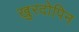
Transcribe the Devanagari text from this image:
ख़ुरदोपिन